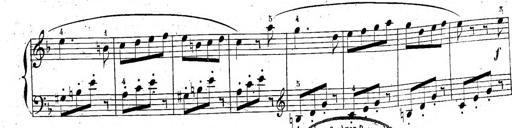
Title: 6 Sonatinen, Op.95
Composer: Ferdinand Hiller
Key: Various